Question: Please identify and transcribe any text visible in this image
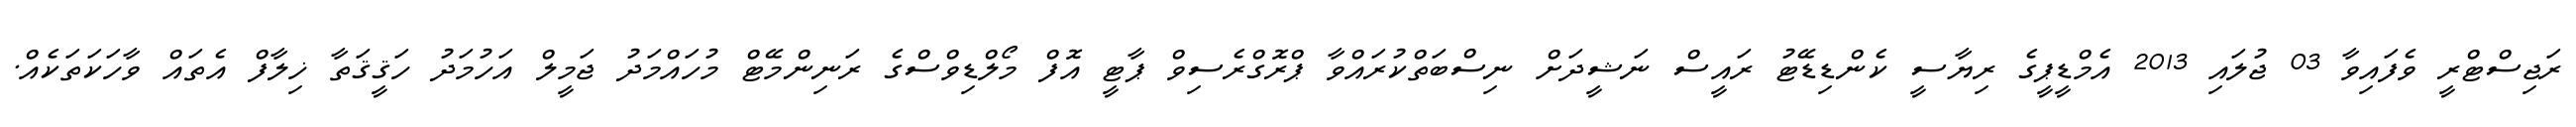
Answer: ރަޖިސްޓްރީ ވެފައިވާ 03 ޖުލައި 2013 އެމްޑީޕީގެ ރިޔާސީ ކެންޑިޑޭޓު ރައީސް ނަޝީދަށް ނިސްބަތްކުރައްވާ ޕްރޮގްރެސިވް ޕާޓީ އޮފް މޯލްޑިވްސްގެ ރަނިންމޭޓް މުހައްމަދު ޖަމީލް އަހުމަދު ހަޤީޤަތާ ޚިލާފް އެތައް ވާހަކަތަކެއް.